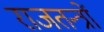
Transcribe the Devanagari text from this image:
राजतन्त्रों